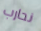
نحارب